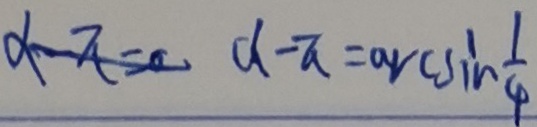
\alpha - \pi = 。 \alpha - \pi = a v c \sin \frac { 1 } { 4 }